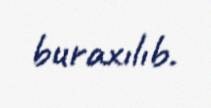
buraxılıb.